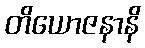
တိယောဇနာနိ